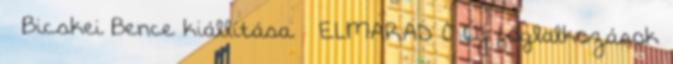
– Bicskei Bence kiállítása – ELMARAD 0 Új foglalkozások